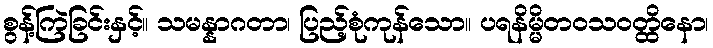
စွန့်ကြဲခြင်းနှင့်။ သမန္နာဂတာ၊ ပြည့်စုံကုန်သော။ ပရနိမ္မိတဝသဝတ္ထိနော၊